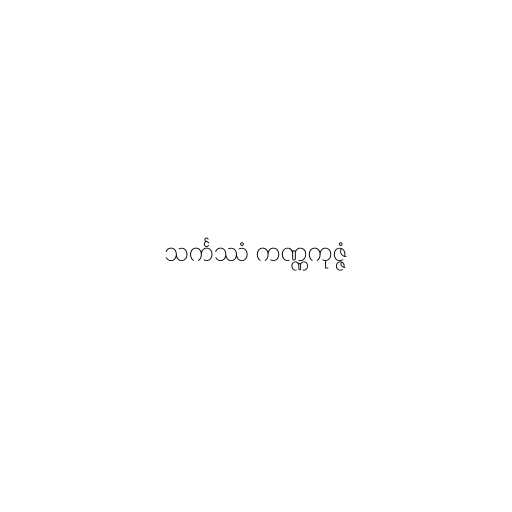
သင်္ကဿံ ကဏ္ဏကုဇ္ဇံ